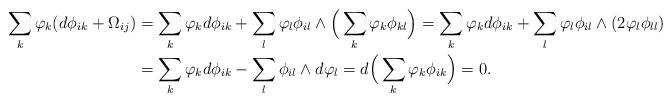
LaTeX: \begin{align*} \sum_{k}\varphi_k(d\phi_{ik}+\Omega_{ij})&=\sum_k\varphi_kd\phi_{ik}+\sum_l\varphi_l\phi_{il}\wedge\Big(\sum_k\varphi_k\phi_{kl}\Big)=\sum_k\varphi_kd\phi_{ik}+\sum_l\varphi_l\phi_{il}\wedge(2\varphi_l\phi_{ll})\\ &=\sum_k\varphi_kd\phi_{ik}-\sum_{l}\phi_{il}\wedge d\varphi_l=d\Big(\sum_k\varphi_k\phi_{ik}\Big)=0. \end{align*}